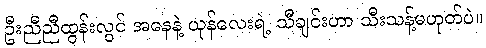
ဦးညီညီထွန်းလွင် အနေနဲ့ ယုန်လေးရဲ့ သီချင်းဟာ သီးသန့်မဟုတ်ပဲ။